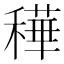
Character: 䅿